Code of medical and sanitary regulations for the guidance of medical officers serving in the Madras Presidency - Volume I
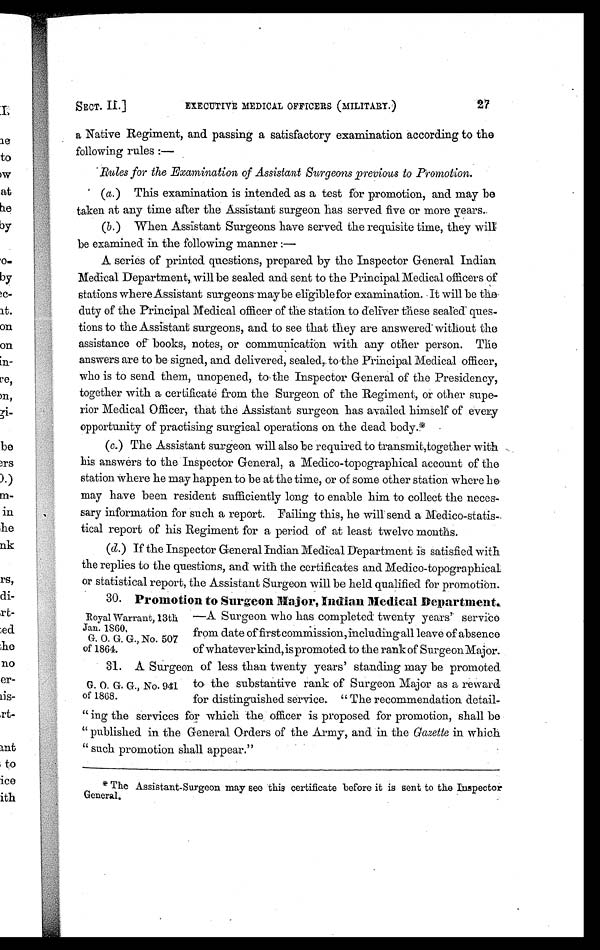
SECT. II.]
EXECUTIVE MEDICAL OFFICERS (MILITARY.)
2 7
a Native Regiment, and passing a satisfactory examination according to the
following rules :—
Rules for the Examination of Assistant Surgeons previous to Promotion.
(a.) This examination is intended as a test for promotion, and may be
taken at any time after the Assistant surgeon has served five or more years.
(b .) When Assistant Surgeons have served the requisite time, they will
be examined in the following manner :—
A series of printed questions, prepared by the Inspector General Indian
Medical Department, will be sealed and sent to the Principal Medical officers of
stations where Assistant surgeons may be eligible for examination. It will be the
duty of the Principal Medical officer of the station to deliver these sealed ques-
tions to the Assistant surgeons, and to see that they are answered without the
assistance of books, notes, or communication with any other person. The
answers are to be signed, and delivered, sealed, to the Principal Medical officer,
who is to send them, unopened, to the Inspector General of the Presidency,
together with a certificate from the Surgeon of the Regiment, or other supe-
rior Medical Officer, that the Assistant surgeon has availed himself of every
opportunity of practising surgical operations on the dead body.
*
(c.) The Assistant surgeon will also be required to transmit,together with
his answers to the Inspector General, a Medico-topographical account of the
station Where he may happen to be at the time, or of some other station where he
may have been resident sufficiently long to enable him to collect the neces-
sary information for such a report. Failing this, he will send a Medico-statis-
tical report of his Regiment for a period of at least twelve months.
(d .) If the Inspector General Indian Medical Department is satisfied with
the replies to the questions, and with the certificates and Medico-topographical
or statistical report, the Assistant Surgeon will be held qualified for promotion.
Royal Warrant, 13t
h J a n . 1 8 6 0
.
30. Promotion to Surgeon Major, Indian Medical Department.
—A Surgeon who has completed twenty years' service
from date of first commission
, including-all leave of absence
of whatever kind, is promoted to the rank of Surgeon Major
.
G O G G., No 507
of 1864.
31. A Surgeon of less than twenty years' standing may be promoted
to the substantive rank of Surgeon Major as a reward
for distinguished service. " The recommendation detail-
" ing the services for which the officer is proposed for promotion, shall be
" published in the General Orders of the Army, and in the Gazette in which
" such promotion shall appear."
G.O.G.G., No.341 of 1868.
* T h e A s s i s t a n t - S u r g e o n m a y s e e t h i s c e r t i f i c a t e b e f o r e i t i s s e n t t o t h e I n s p e c t o r
General.